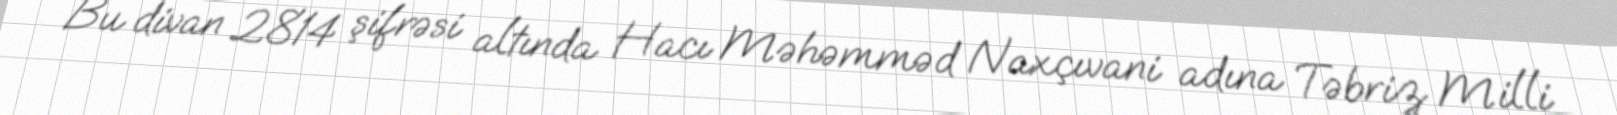
Bu divan 2814 şifrəsi altında Hacı Məhəmməd Naxçıvani adına Təbriz Milli